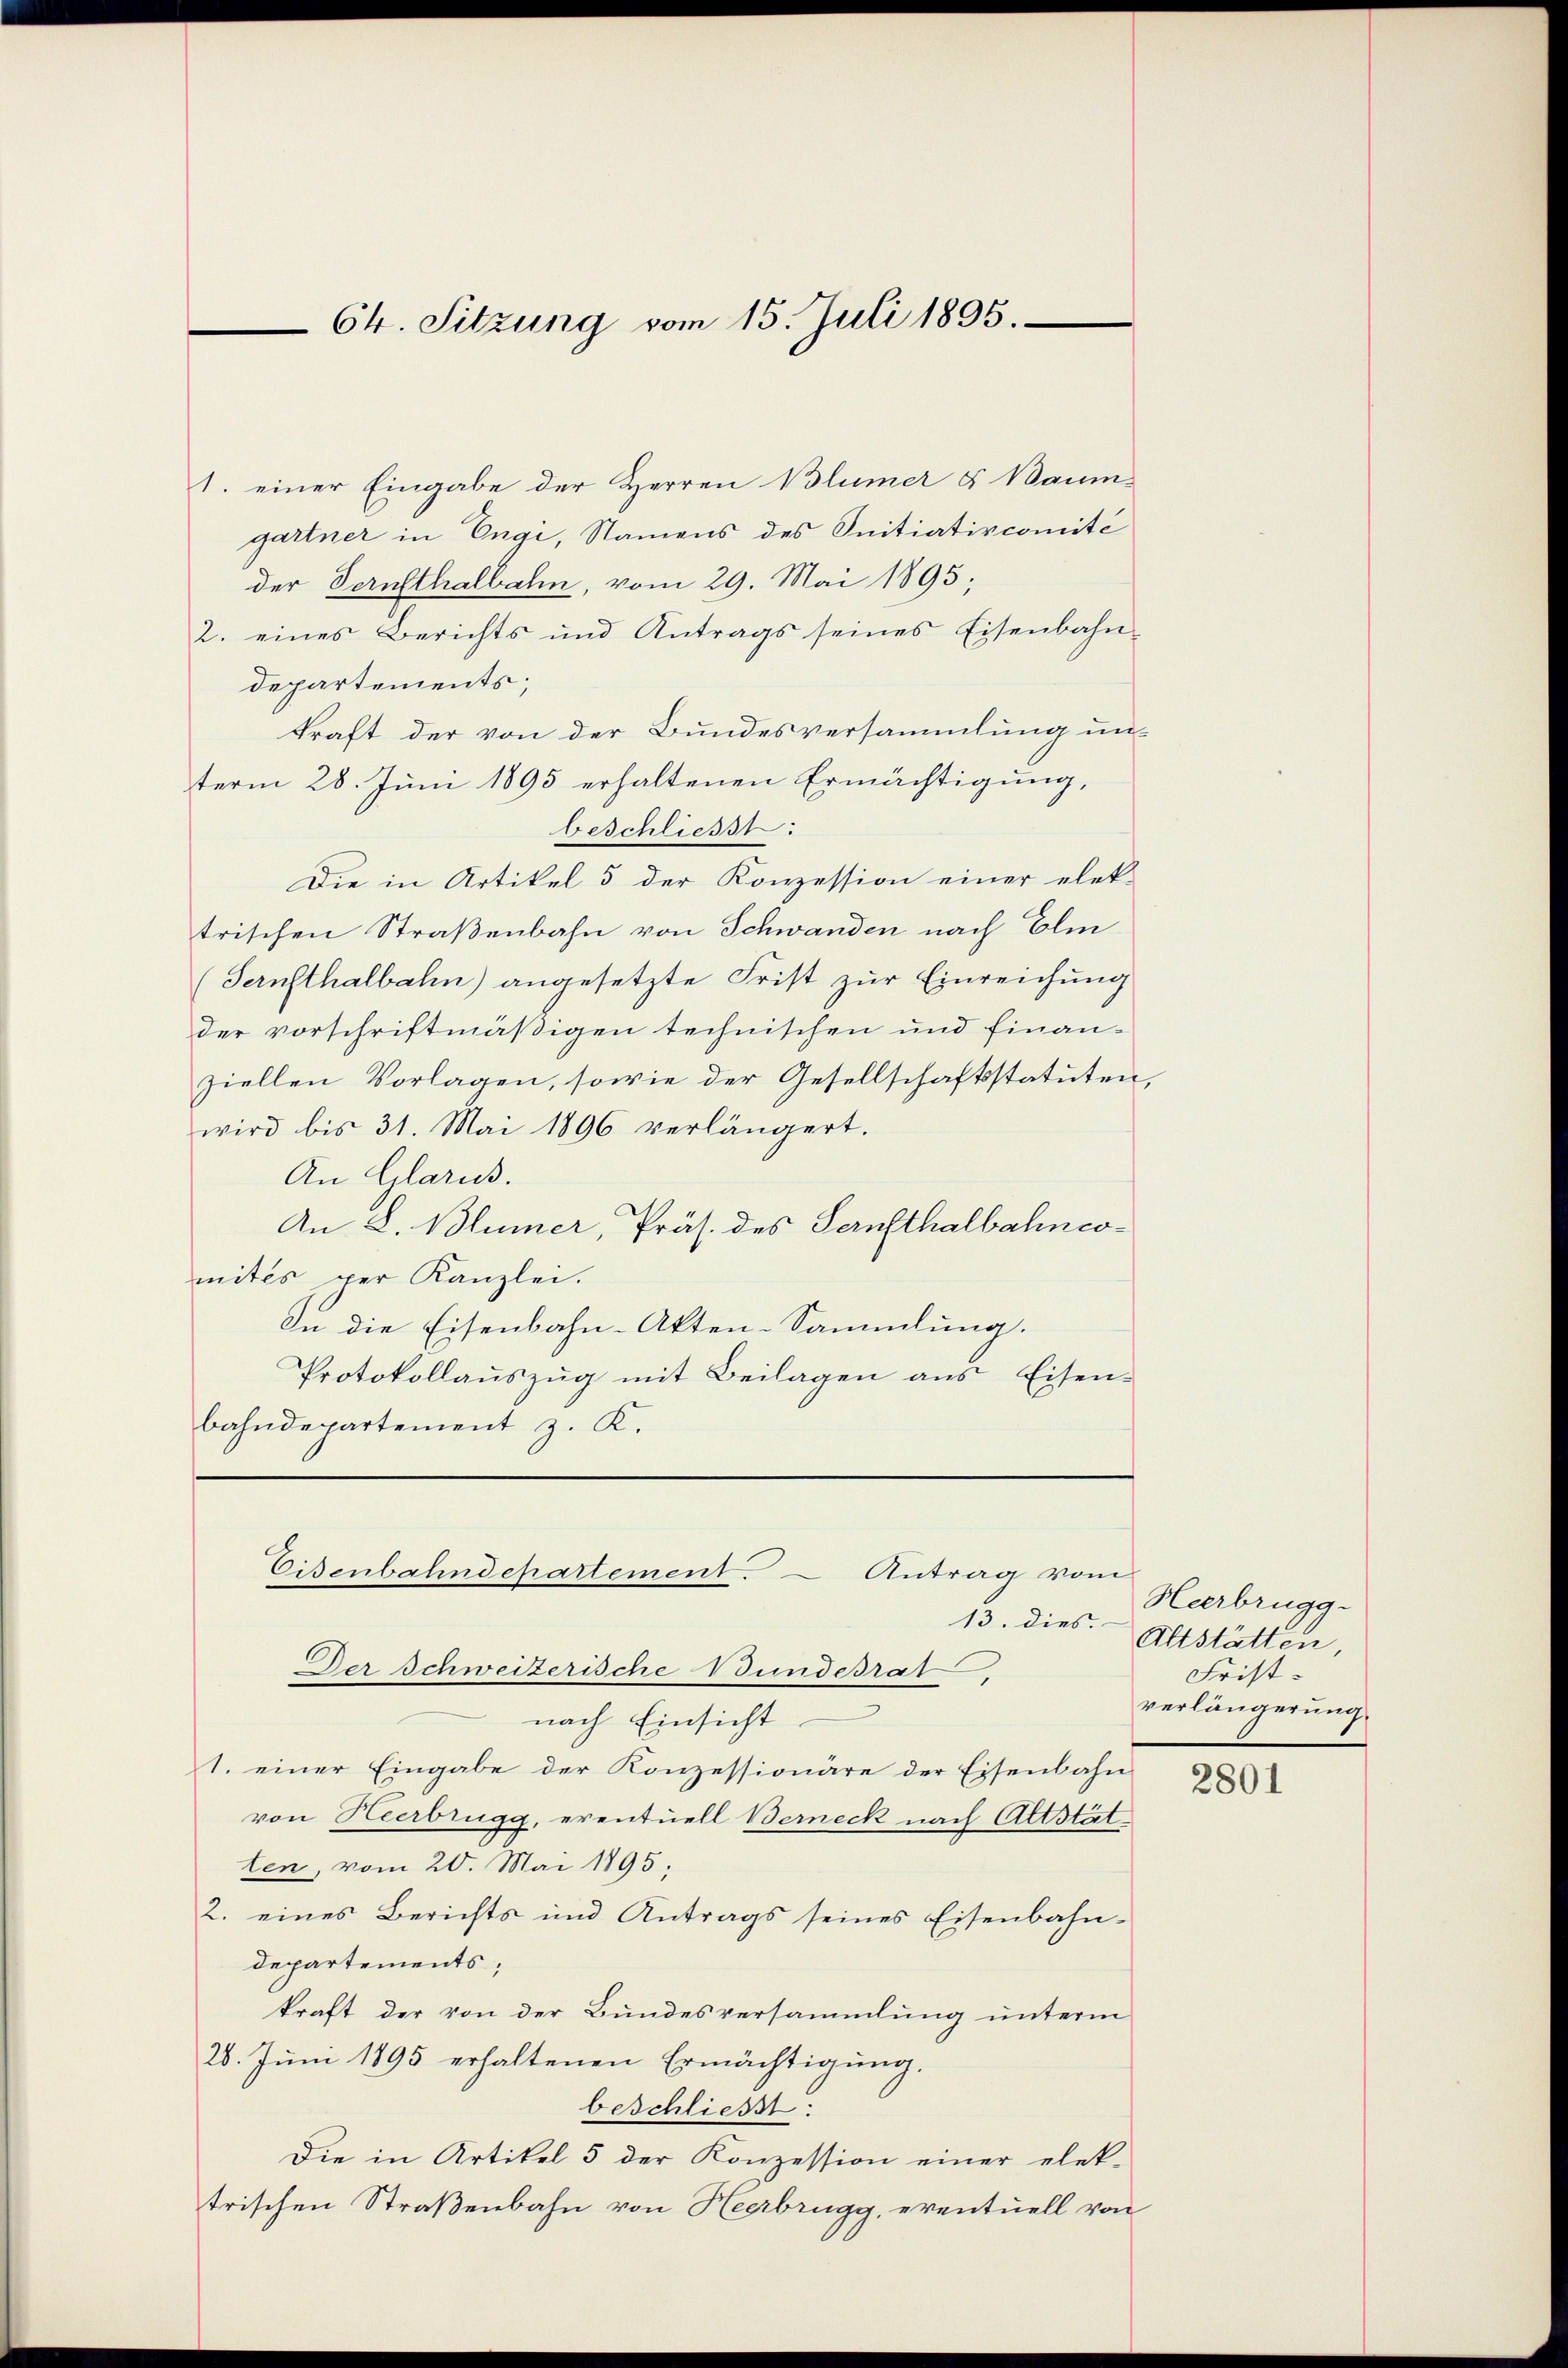
64. Sitzung vom 15. Juli 1895.

1. einer Eingabe der Herren Blümer & Baum-
gartner in Engi, Namens des Initiativcomité
der Sernsthalbahn, vom 29. Mai 1895;
2. eines Berichts und Antrags seines Eisenbahn-
departements;
kraft der von der Bundesversammlung un-
term 28. Juni 1895 erhaltenen Ermächtigung,
beschliesst:
Die in Artikel 5 der Konzession einer elek-
trischen Straßenbahn von Schwanden nach Elm
(Fernsthalbahn) angesetzte Frist zur Einreichung
der vorschriftmäßigen technischen und finan-
ziellen Vorlagen, sowie der Gesellschaftsstatuten,
wird bis 31. Mai 1896 verlängert.
An Glarus.
An L. Blümer, Präs. des Sernsthalbahncomités per Kanzlei.
In die Eisenbahn-Akten-Sammlung.
Protokollaŭszŭg mit Beilagen ans Eisen-
bahndepartement z. K.

Eisenbahndepartement. – Antrag vom
13. dies.
Der Schweizerische Bundesrat

nach Einsicht
1. einer Eingabe der Konzessionäre der Eisenbahn
von Heerbrugg, eventuell Berneck nach Altstät
ten, vom 20. Mai 1895;
2. eines Berichts und Antrags seines Eisenbahn-
departements,
kraft der von der Bundesversammlung unterm
28. Juni 1895 erhaltenen Ermächtigung.
beschließt:
Die in Artikel 5 der Konzession einer elek-
trischen Straßenbahn von Heerbrugg, eventuell von

Heerbrugg.
Altstätten,
Frist.
verlängerung

2801